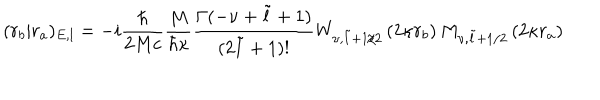
LaTeX: ( r _ { b } | r _ { a } ) _ { E , l } = - i \frac { \hbar } { 2 M c } \frac { M } { \hbar \kappa } \frac { \Gamma ( - \nu + \tilde { l } + 1 ) } { ( 2 \tilde { l } + 1 ) ! } W _ { \nu , \tilde { l } + 1 / 2 } \left( 2 \kappa r _ { b } \right) M _ { \nu , \tilde { l } + 1 / 2 } \left( 2 \kappa r _ { a } \right)